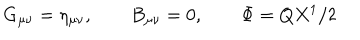
G _ { \mu \nu } = \eta _ { \mu \nu } , \qquad B _ { \mu \nu } = 0 , \qquad \Phi = Q X ^ { 1 } / 2